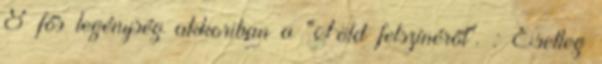
8 fős legénység akkoriban a "Föld felszínéről". : Esetleg